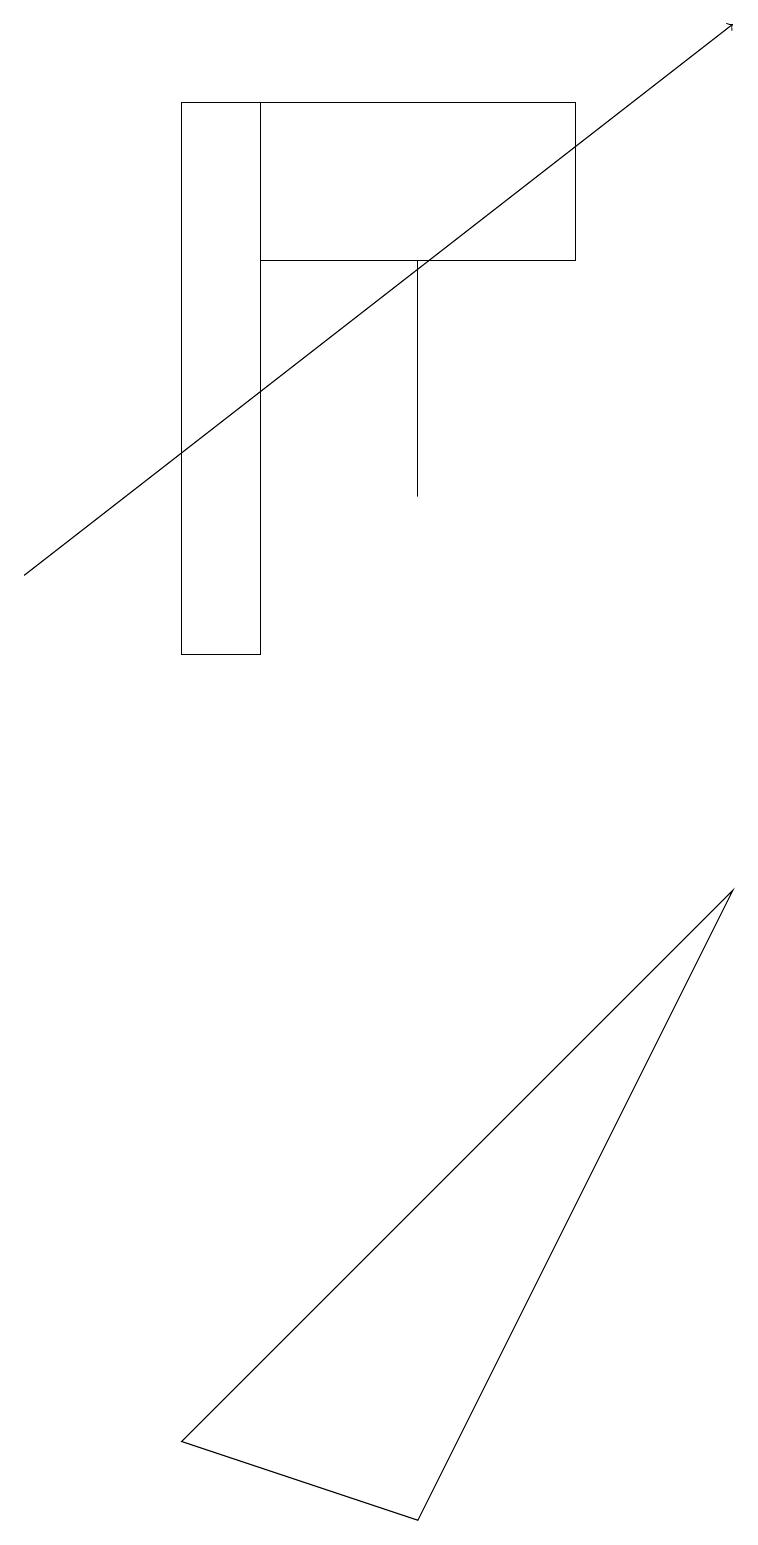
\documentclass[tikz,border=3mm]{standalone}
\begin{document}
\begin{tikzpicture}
\draw (3,16) rectangle (7,18);
\draw (5,13) rectangle (5,16);
\draw[->] (0,12) -- (9,19);
\draw (3,11) rectangle (2,18);
\draw (9,8) -- (5,0) -- (2,1) -- cycle;
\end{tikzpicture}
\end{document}